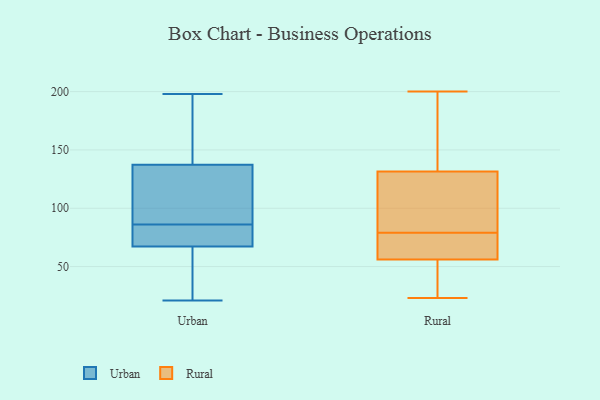
{"axis": {"x": "Satisfaction Score", "y": "Value"}, "legend": ["Rural", "Urban"], "data": [{"x": "", "y": 109, "type": "Urban"}, {"x": "", "y": 64, "type": "Urban"}, {"x": "", "y": 21, "type": "Urban"}, {"x": "", "y": 198, "type": "Urban"}, {"x": "", "y": 129, "type": "Urban"}, {"x": "", "y": 58, "type": "Urban"}, {"x": "", "y": 140, "type": "Urban"}, {"x": "", "y": 169, "type": "Urban"}, {"x": "", "y": 86, "type": "Urban"}, {"x": "", "y": 79, "type": "Urban"}, {"x": "", "y": 77, "type": "Urban"}, {"x": "", "y": 143, "type": "Rural"}, {"x": "", "y": 23, "type": "Rural"}, {"x": "", "y": 79, "type": "Rural"}, {"x": "", "y": 68, "type": "Rural"}, {"x": "", "y": 73, "type": "Rural"}, {"x": "", "y": 174, "type": "Rural"}, {"x": "", "y": 130, "type": "Rural"}, {"x": "", "y": 78, "type": "Rural"}, {"x": "", "y": 96, "type": "Rural"}, {"x": "", "y": 55, "type": "Rural"}, {"x": "", "y": 132, "type": "Rural"}, {"x": "", "y": 59, "type": "Rural"}, {"x": "", "y": 200, "type": "Rural"}, {"x": "", "y": 125, "type": "Rural"}, {"x": "", "y": 33, "type": "Rural"}, {"x": "", "y": 29, "type": "Rural"}, {"x": "", "y": 173, "type": "Rural"}, {"x": "", "y": 91, "type": "Rural"}, {"x": "", "y": 47, "type": "Rural"}]}